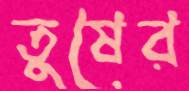
তুষের